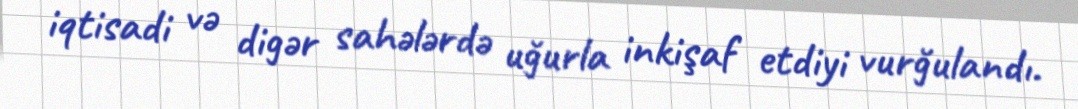
iqtisadi və digər sahələrdə uğurla inkişaf etdiyi vurğulandı.